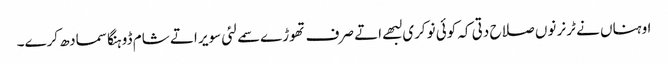
اوہناں نے ٹرنر نوں صلاح دتی کہ کوئی نوکری لبھے اتے صرف تھوڑے سمے لئی سویر اتے شام ڈوہنگا سمادھ کرے۔